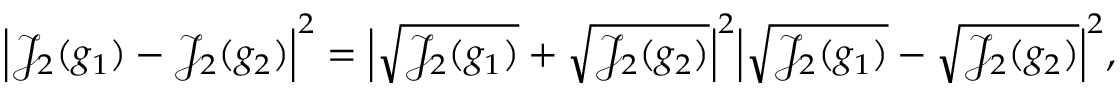
\begin{array} { r } { \Big \vert \mathcal { J } _ { 2 } ( g _ { 1 } ) - \mathcal { J } _ { 2 } ( g _ { 2 } ) \Big \vert ^ { 2 } = \Big \vert \sqrt { \mathcal { J } _ { 2 } ( g _ { 1 } ) } + \sqrt { \mathcal J _ { 2 } ( g _ { 2 } ) } \Big \vert ^ { 2 } \Big \vert \sqrt { \mathcal { J } _ { 2 } ( g _ { 1 } ) } - \sqrt { \mathcal { J } _ { 2 } ( g _ { 2 } ) } \Big \vert ^ { 2 } , } \end{array}